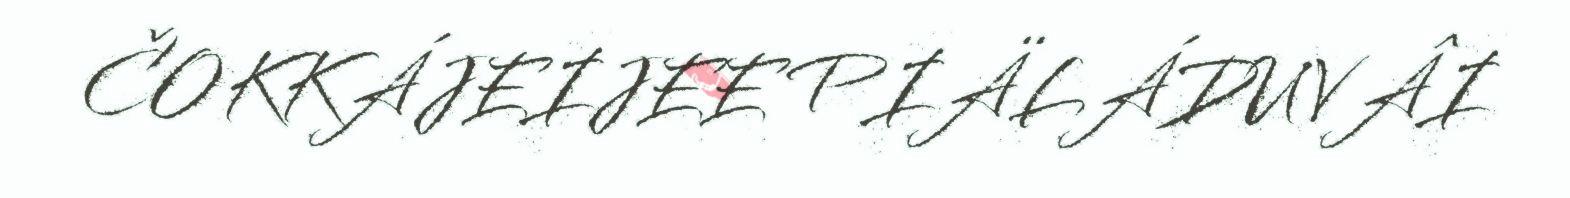
ČOKKÁJEIJEE PIÄLÁDUVÂI